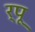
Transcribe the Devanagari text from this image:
र्पू